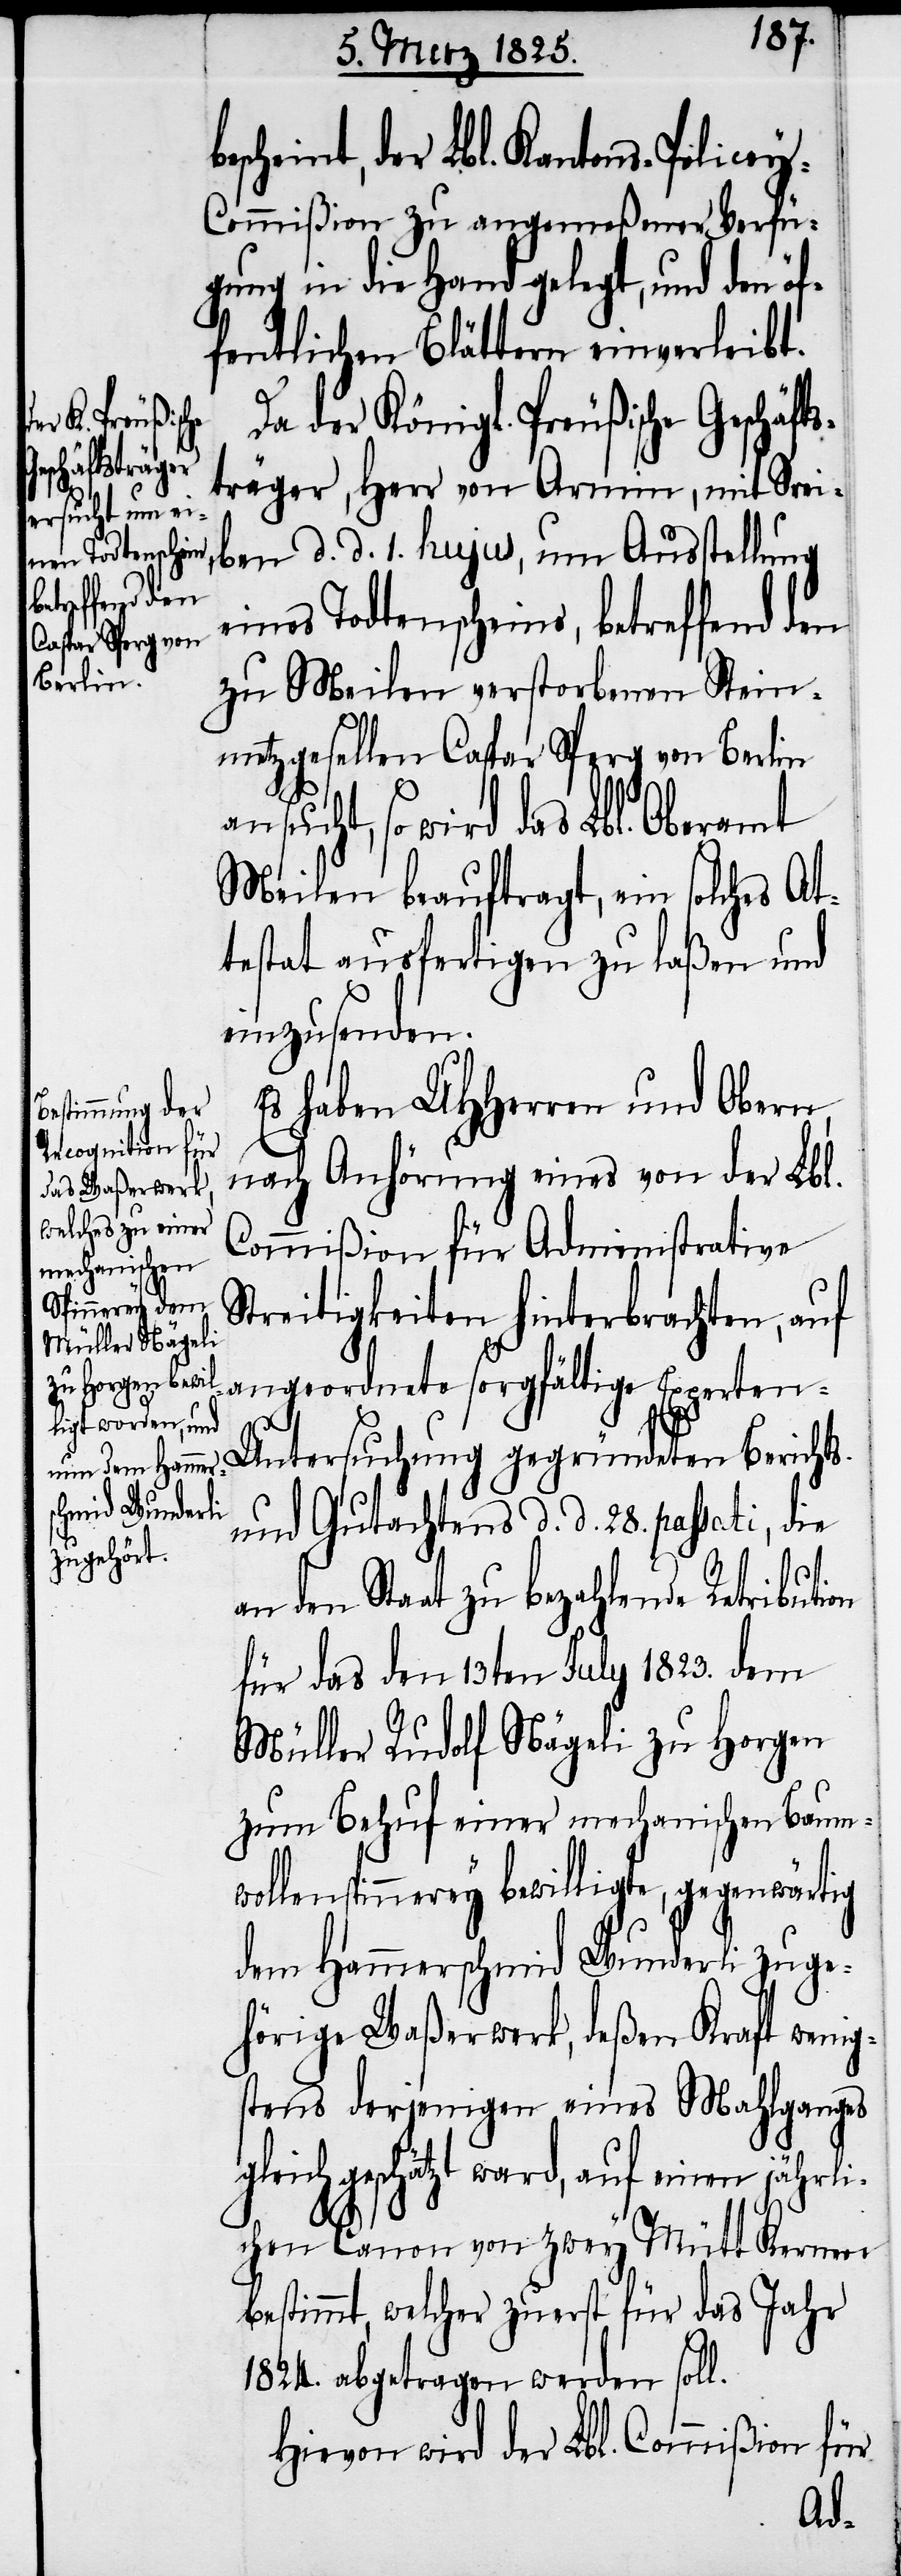
scheint, der Lbl. Kantons-Police¬
y-Commißion zu angemeßener Verfü¬
gung in die Hand gelegt, und den öf¬
fentlichen Blättern einverleibt.
Da der Königl. Preußische Geschäft¬
sträger, Herr von Armin, mit S[ch]re¬
iben d. d. 1. hujus, um Ausstellung
eines Todtenscheins, betreffend den
zu Meilen verstorbenen Stein¬
metzgesellen Caspar Sperg von Berlin
nsucht, so wird das Lbl. Oberamt
Meilen beauftragt, ein solches At¬
testat ausfertigen zu laßen und
einzusenden.
Es haben UHHerren und Obern,
nach Anhörung eines von der Lbl.
Commißion für Administrative
Streitigkeiten hinterbrachten, auf
angeordnete sorgfältige Experten-U¬
ntersuchung gegründeten Berichts
und Gutachtens d. d. 28. passati, die
an den Staat zu bezahlende Retribution
für das den 13ten July 1823. dem
Müller Rudolf Nägeli zu Horgen
zum Behuf einer mechanischen Baum¬
wollenspinnerey bewilligte, gegenwärtig
dem Hammerschmid Wunderli zuge¬
hörige Waßerwerk, deßen Kraft wenig¬
stens derjenigen eines Mahlganges
geschätzt ward, auf einen jährli¬
chen Canon von zwey Mütt Kernen
bestimmt, welcher zuerst für das Jahr
1824. abgetragen werden soll.
Hievon wird der Lbl. Commißion für
a¬